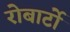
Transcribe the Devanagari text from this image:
रोबार्टो